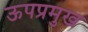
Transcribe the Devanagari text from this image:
ऊपप्रमुख